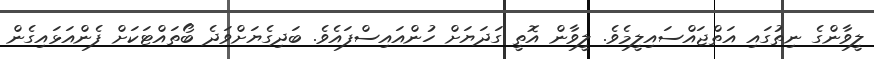
ލީވާންގެ ނިތުގައި އަތްޖައްސައިލީމެވެ. ލީވާން އޮތީ ގަދަޔަށް ހުންއައިސްފައެވެ. ބަދިގެޔަށްވަދެ ބޯތައްޓަކަށް ފެންއަޅައިގެން